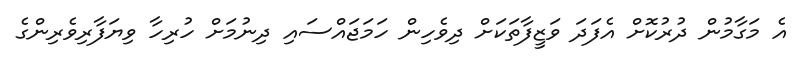
އެ މަގާމުން ދުރުކޮށް އެފަދަ ވަޒީފާތަކަށް ދިވެހިން ހަމަޖައްސައި ދިނުމަށް ހުރިހާ ވިޔަފާރިވެރިންގެ